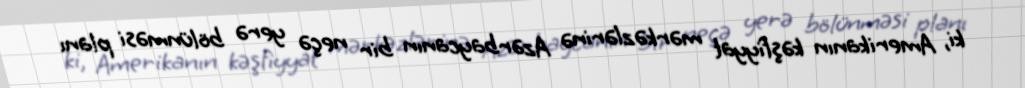
ki, Amerikanın kəşfiyyat mərkəzlərinə Azərbaycanın bir neçə yerə bölünməsi planı